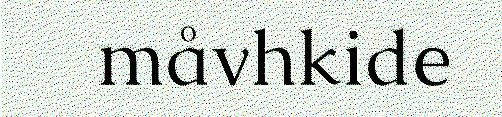
måvhkide